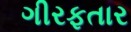
ગીરફતાર